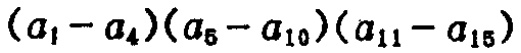
\((a_{1}-a_{4})(a_{5}-a_{10})(a_{11}-a_{15})\)